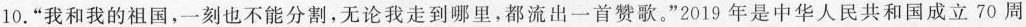
10.”我和我的祖国，一刻也不能分割，无论我走到哪里，都流出一首赞歌。”2019年是中华人民共和国成立70周